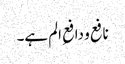
نافع و دافعِ الم ہے۔